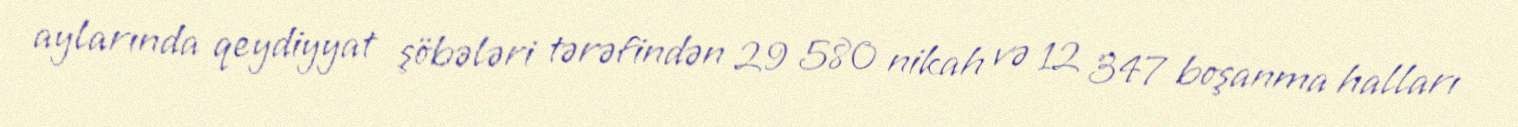
aylarında qeydiyyat şöbələri tərəfindən 29 580 nikah və 12 347 boşanma halları